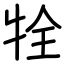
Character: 牷